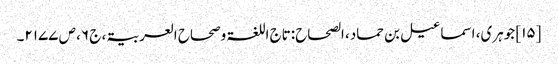
[۱۵] جوہری، اسماعیل بن حماد، الصحاح:تاج اللغۃ وصحاح العربیۃ، ج ۶، ص ۲۱۷۷۔